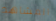
المشاهد